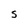
Character: S